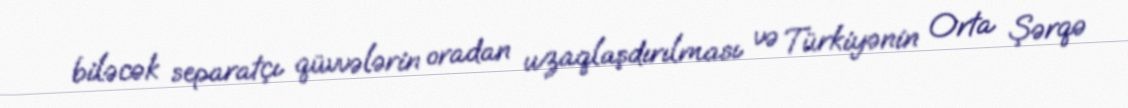
biləcək separatçı qüvvələrin oradan uzaqlaşdırılması və Türkiyənin Orta Şərqə